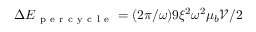
\Delta E _ { \mathrm { ~ p ~ e ~ r ~ c ~ y ~ c ~ l ~ e ~ } } = ( 2 \pi / \omega ) 9 \xi ^ { 2 } \omega ^ { 2 } \mu _ { b } \mathcal { V } / 2